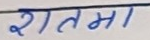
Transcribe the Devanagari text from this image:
रातमा